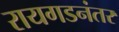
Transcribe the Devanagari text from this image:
रायगडनंतर